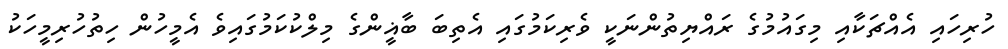
ހުރިހައި އެއްޗަކާއި މިގައުމުގެ ރައްޔިތުންނަކީ ވެރިކަމުގައި އެތިބަ ބާޣީންގެ މިލްކުކަމުގައިވެ އެމީހުން ހިތުހުރިމީހަކު